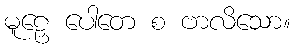
မူဠှေ ပေါတေ စ ဗာလိသော။